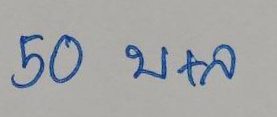
50 บ+ล